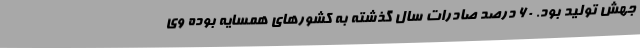
جهش تولید بود. 60 درصد صادرات سال گذشته به کشورهای همسایه بوده وی